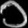
Digit: ၁